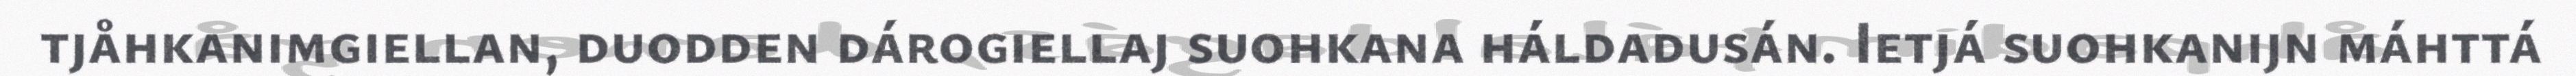
tjåhkanimgiellan, duodden dárogiellaj suohkana háldadusán. Ietjá suohkanijn máhttá